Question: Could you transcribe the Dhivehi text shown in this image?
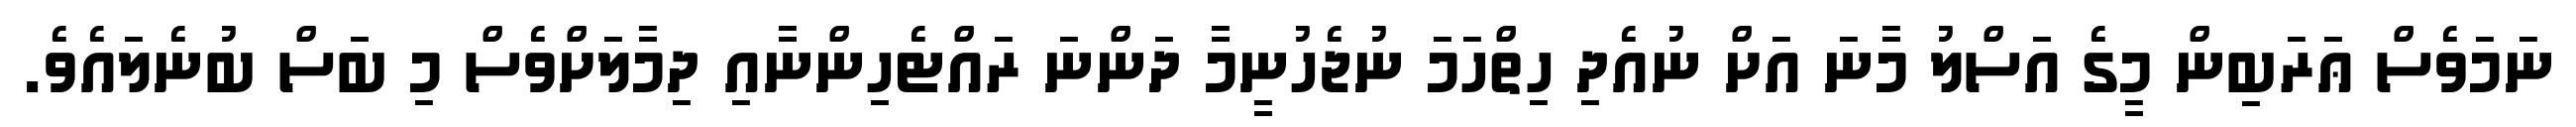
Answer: ނަމަވެސް ޢަރަބިން މީގެ އަސްލު މާނަ އަށް ނުއެދި ހިތްހަމަ ނުޖެހުނީމާ ދަންނަ ރައްޓެހިންނާއި ދިމާލަށްވެސް މި ބަސް ބުނެލައެވެ.